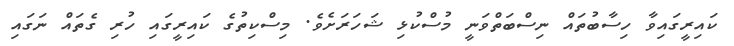
ކައިރީގައިވާ ހިސާބުތައް ނިސްބަތްވަނީ މުސްކުޅި ޝަހަރަށެވެ. މިސްކިތުގެ ކައިރީގައި ހުރި ގެތައް ނަގައި